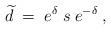
LaTeX: \begin{align*}\widetilde{d}\;=\;e^\delta \;s\;e^{-\delta }\;, \end{align*}